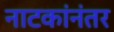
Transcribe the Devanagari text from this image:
नाटकांनंतर